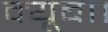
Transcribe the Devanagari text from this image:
क्यूबा।